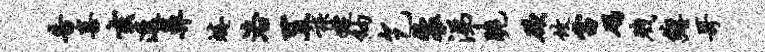
告喜玄透鼻蜷洛置族婕纳乞裘涕脆欲攸当碣戮缠哥